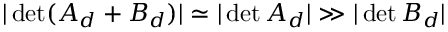
| \operatorname * { d e t } ( A _ { d } + B _ { d } ) | \simeq | \operatorname * { d e t } A _ { d } | \gg | \operatorname * { d e t } B _ { d } |